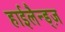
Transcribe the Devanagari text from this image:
हाईलैन्ड्ज़